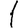
Digit: 1